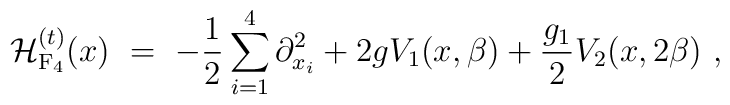
{\cal H}_{\rm F_4}^{(t)}(x) \ =\ -\frac{1}{2} \sum_{i=1}^{4} \partial_{x_i}^2 + 2g V_1(x,\beta) + \frac{g_1}{2} V_2(x,2\beta) \ ,